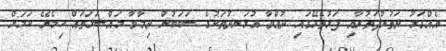
އެއްގަމު ދަތުރުފަތުރާއި ފަޅުތެރޭގައި ދުއްވާ އުޅަނދުތަކުގެ ސަބަބުން ދިމާވާ މައްސަލަތައް ހިމެނޭ ކަމަށް